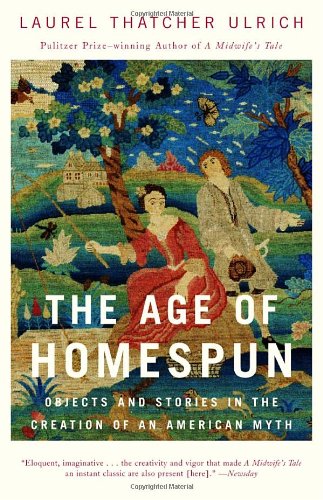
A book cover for The Age of Homespun: Objects and Stories in the Creation of an American Myth; Laurel Thatcher Ulrich; Business & Money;